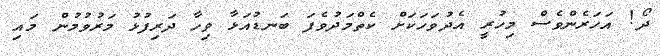
ދޯ! އަހަރެންވެސް މިހުރީ އެދުވަހަކަށް ކެތްމަދުވެފަ ބަނޑުއަޅާ ވިހާ ދަރިފުޅު މަރުވުމުން މައި